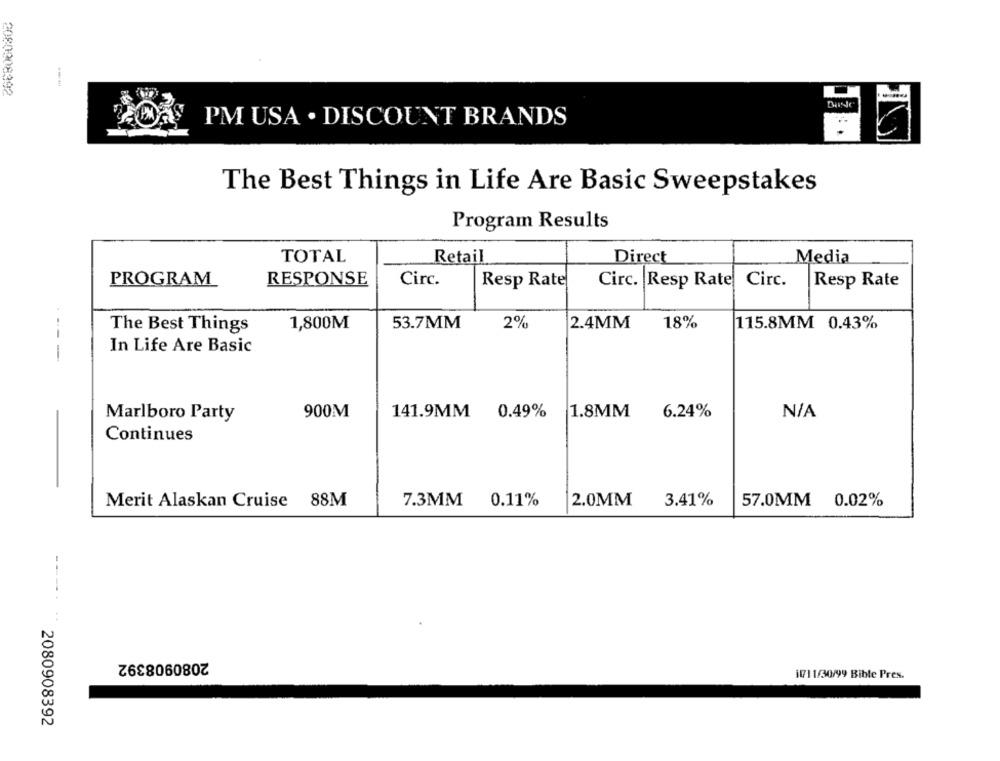
2080008392
PM USA . DISCOUNT BRANDS
The Best Things in Life Are Basic Sweepstakes
Program Results
TOTAL
Retail
Direct
Media
RESPONSE
Circ.
PROGRAM
Resp Rate
Circ. Resp Rate Circ.
Resp Rate
The Best Things
1,800M
53.7MM
2%
2.4MM
18%
115.8MM 0.43%
In Life Are Basic
----
Marlboro Party
900M
141.9MM
0.49%
1.8MM
6.24%
Continues
7.3MM
0.11%
12.0MM
3.41%
57.0MM 0.02%
Merit Alaskan Cruise 88M
---....
2080908392
17711/30/99 Bible Pres.
2080908392